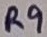
Text: R9